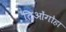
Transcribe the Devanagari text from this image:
तिओंगोहा